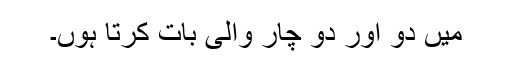
میں دو اور دو چار والی بات کرتا ہوں۔